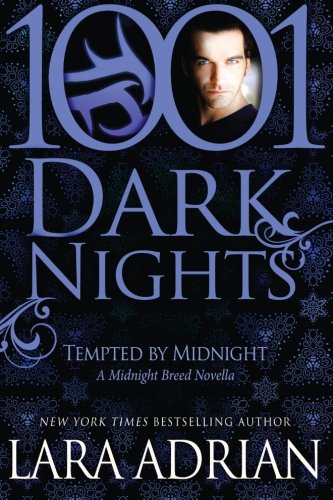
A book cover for Tempted by Midnight: A Midnight Breed Novella (1001 Dark Nights); Lara Adrian; Romance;